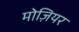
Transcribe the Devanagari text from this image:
मोज़ियर